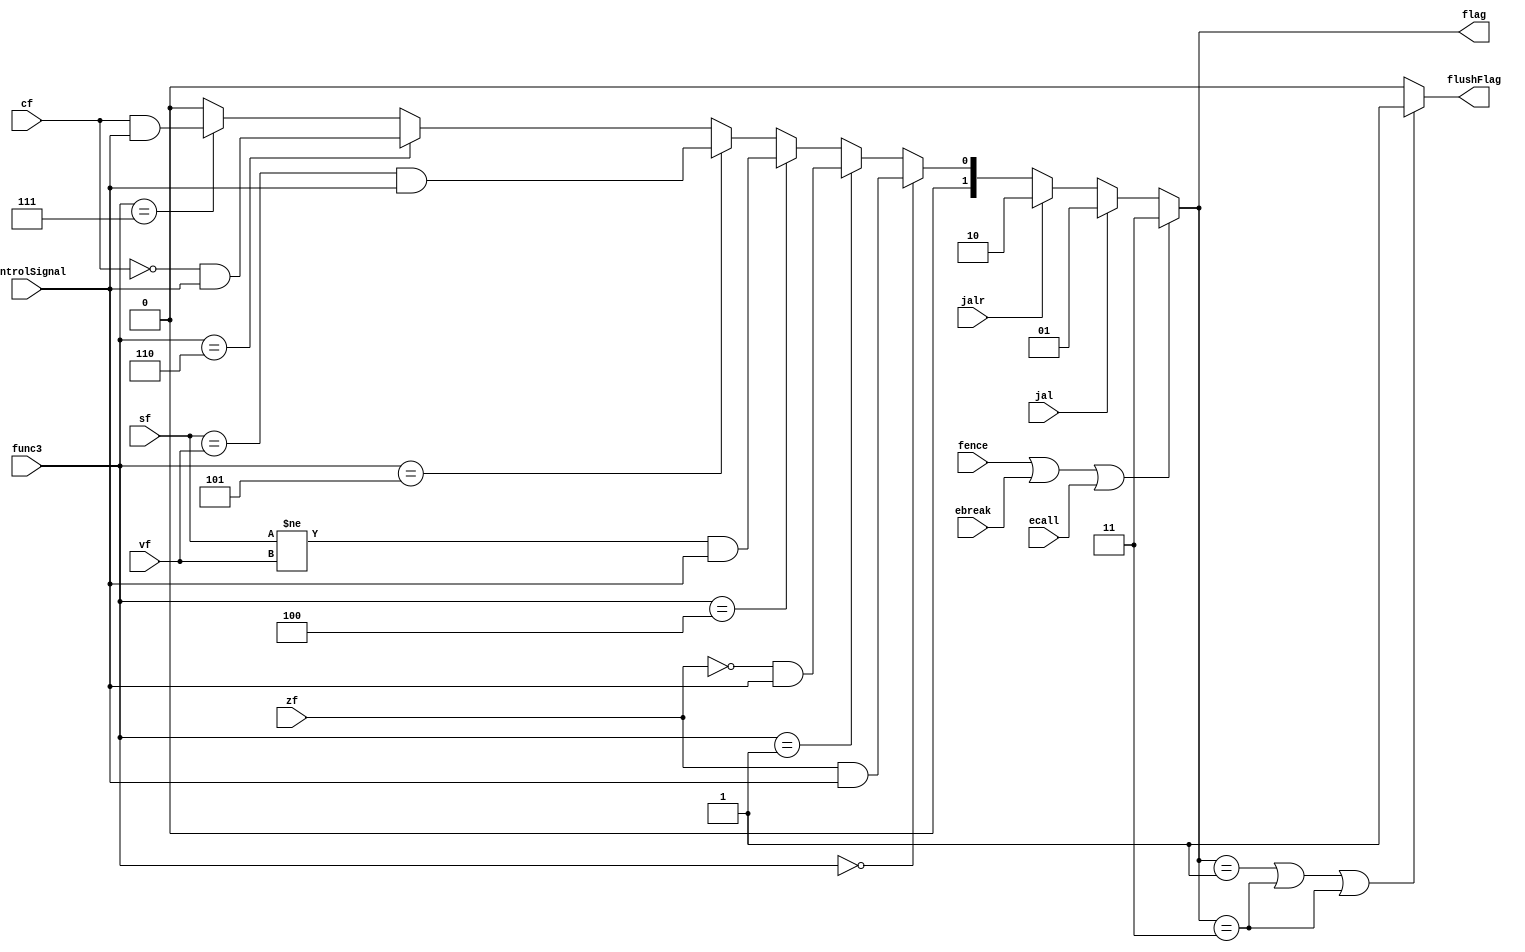
`timescale 1ns / 1ps
/*  * Module: BCU.v  
* Project: milestone 2  
jannah soliman- jannahsoliman9@aucegypt.edu
* Description: BRANCH CONTROL UNIT - USED AS A SELCT FOR PC MUX
* Change history: 10/4/23 -  implemented bCU
28/4/23- added support for flushing

               
*  **********************************************************************/


module BCU(input ecall,input ebreak,input fence,input jal, input jalr,input controlSignal, input zf, input cf, input vf, 
input sf,input[2:0] func3, output reg [1:0]flag, output reg flushFlag
);
always @ (*)
 begin
 if (fence|ebreak|ecall)
 begin
 flag=2'b11;
 end
 
else if(jal==1'b1)
begin
flag=2'b01;
end

else if (jalr==1'b1) 
begin
flag=2'b10;
end

else if(func3==3'b000)
begin
flag = {1'b0,zf &controlSignal} ; //BEQ
end

else if(func3==3'b001) 
begin
flag ={1'b0, ~zf &controlSignal}; //BNE
end

else if(func3==3'b100)
begin
flag = {1'b0,(sf != vf)&controlSignal};//BLT
end

else if(func3==3'b101)
begin
flag = {1'b0,(sf == vf)&controlSignal};//BGE
end

else if(func3==3'b110)
begin
flag ={1'b0,~cf &controlSignal};//BLTU
end

else if(func3==3'b111)
begin
flag ={1'b0, cf &controlSignal};//BGEU
end
 
else
begin 
flag= 2'b00;
end
if (flag==2'b01 || flag==2'b11 || flag==2'b11)
flushFlag= 1'b1;
else 
flushFlag=1'b0; 
end
endmodule